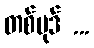
တစ်ပုဒ် ...